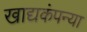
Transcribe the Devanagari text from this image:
खाद्यकंपन्या